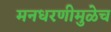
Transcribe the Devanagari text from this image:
मनधरणीमुळेच